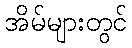
အိမ်များတွင်